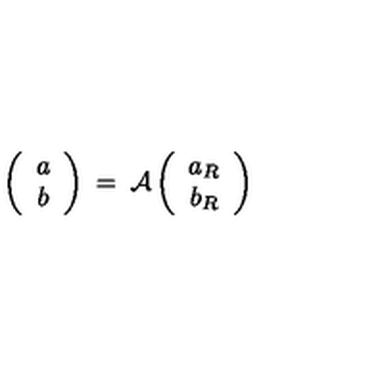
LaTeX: \left( \begin{array} { c } { a } \\ { b } \\ \end{array} \right) \: = \: { \cal A } \left( \begin{array} { c } { a _ { R } } \\ { b _ { R } } \\ \end{array} \right)